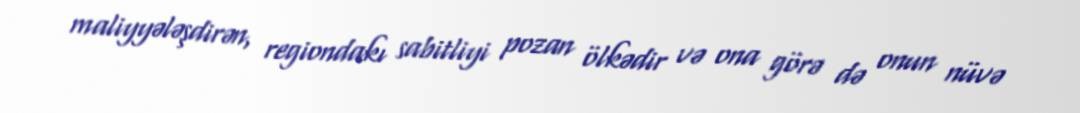
maliyyələşdirən, regiondakı sabitliyi pozan ölkədir və ona görə də onun nüvə